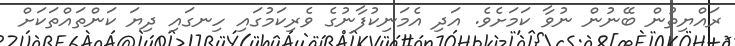
ރައްޔިތުން ބޭނުން ނުވާ ކަމަށެވެ. އަދި އެމަނިކުފާނުގެ ވެރިކަމުގައި ހިނގައި ދިޔަ ކަންތައްތަކަށް